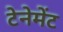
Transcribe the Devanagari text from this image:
टेनेमेंट